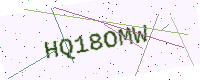
Text: HQ18OMW